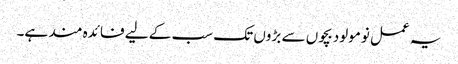
یہ عمل نومولود بچوں سے بڑوں تک سب کے لیے فائدہ مند ہے۔